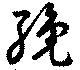
纔